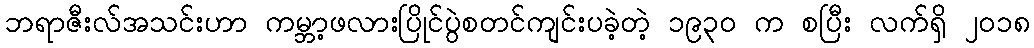
ဘရာဇီးလ်အသင်းဟာ ကမ္ဘာ့ဖလားပြိုင်ပွဲစတင်ကျင်းပခဲ့တဲ့ ၁၉၃၀ က စပြီး လက်ရှိ ၂၀၁၈